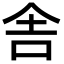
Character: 舎